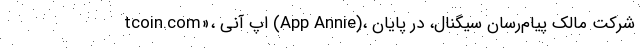
tcoin.com»، اپ آنی (App Annie)، شرکت مالک پیام‌رسان سیگنال، در پایان